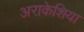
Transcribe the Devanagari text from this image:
अराकेशिया